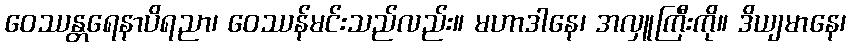
ဝေဿန္တရေနာပိရညာ၊ ဝေဿန်မင်းသည်လည်း။ မဟာဒါနေ၊ အလှူကြီးကို။ ဒိယျမာနေ၊